Burma Government Medical School reports 1907-22
Year: 1907
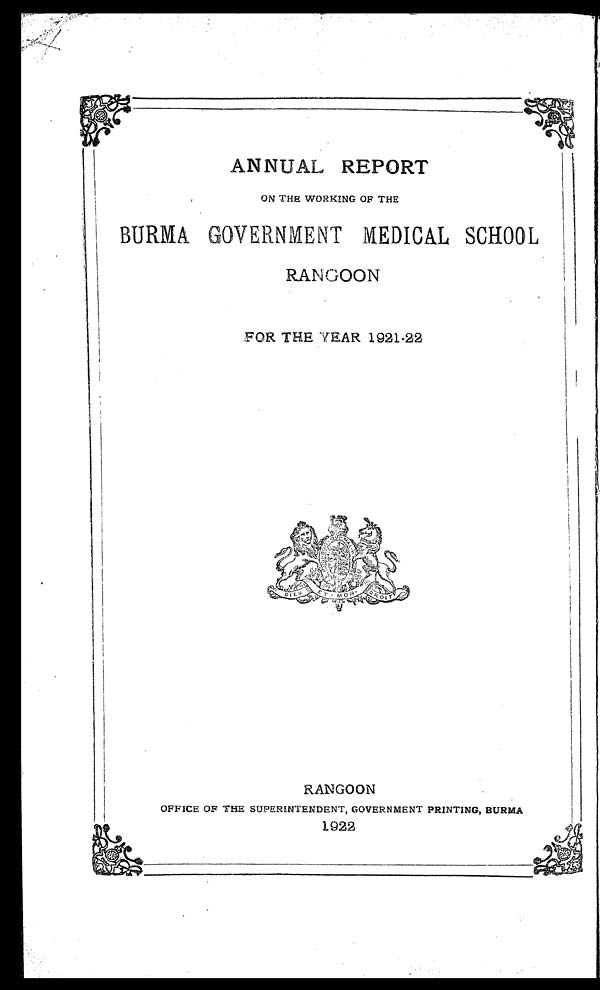
ANNUAL REPORT
ON THE WORKING OF THE
BURMA GOVERNMENT MEDICAL SCHOOL
RANGOON
FOR THE YEAR 1921-22
RANGOON
OFFICE OF THE SUPERINTENDENT, GOVERNMENT PRINTING, BURMA
1922